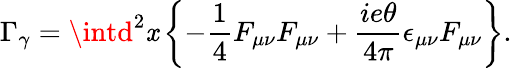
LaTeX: \Gamma_{\gamma}=\intd^{2}\mathit{x}\left\{ -\frac{{1}}{{4}}F_{\mu\nu}F_{\mu\nu}+\frac{{ie\theta}}{{4\pi}}\epsilon_{\mu\nu}F_{\mu\nu}\right\} .